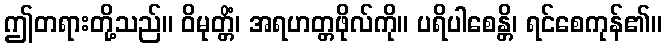
ဤတရားတို့သည်။ ဝိမုတ္တိံ၊ အရဟတ္တဖိုလ်ကို။ ပရိပါစေန္တိ၊ ရင်စေကုန်၏။